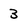
Character: 3